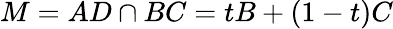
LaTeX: M=AD\cap BC=tB+(1-t)C